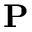
\textbf { P }